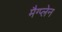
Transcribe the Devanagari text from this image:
मैग्प्लेन